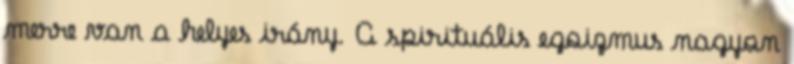
merre van a helyes irány. A spirituális egoizmus nagyon